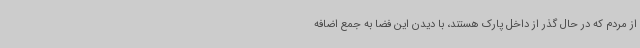
از مردم که در حال گذر از داخل پارک هستند، با دیدن این فضا به جمع اضافه